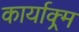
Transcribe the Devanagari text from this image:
कार्याक्र्म